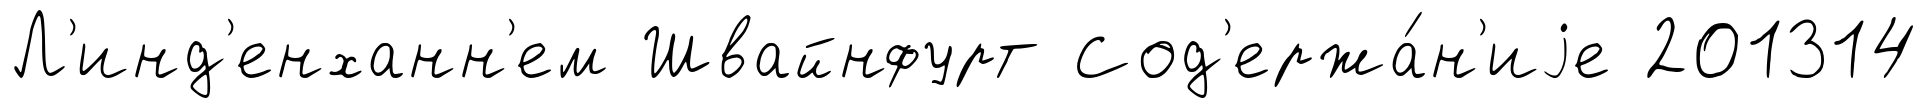
Л'инд'енханн'ем Швайнфурт Сод'ержа́н'иjе 201314